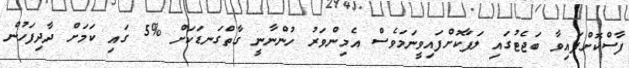
ފާސްކޮށްފައިވާ ބަޖެޓުގައި ލަފާކޮށްފައިވީނަމަވެސް އެމިންވަރު ހުންނާނީ ގާތްގަނޑަކަށް %5 ގައި ކަމަށް ދާދިފަހުން